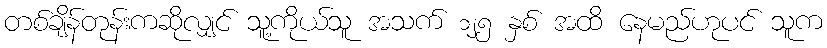
တစ်ချိန်တုန်းကဆိုလျှင် သူ့ကိုယ်သူ အသက် ၁၂၅ နှစ် အထိ နေမည်ဟုပင် သူက